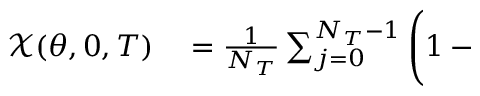
\begin{array} { r l } { \mathcal { X } ( \theta , 0 , T ) } & { { } = \frac { 1 } { N _ { T } } \sum _ { j = 0 } ^ { N _ { T } - 1 } \left( 1 - \Biggl . \right. } \end{array}